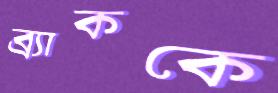
ব্র্যাককে